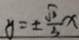
y = \pm \frac { \sqrt { 3 } } { 3 } x